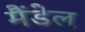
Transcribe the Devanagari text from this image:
मैंडेल